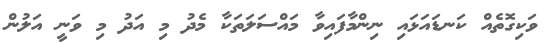
ވަކިގޮތެއް ކަނޑައަޅައި ނިންމާފައިވާ މައްސަލަތަކާ މެދު މި އަދު މި ވަނީ އަލުން